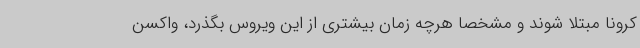
کرونا مبتلا شوند و مشخصا هرچه زمان بیشتری از این ویروس بگذرد، واکسن